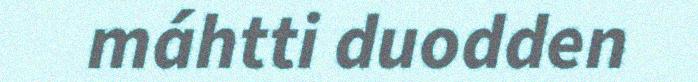
máhtti duodden